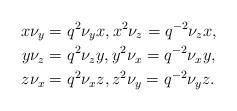
LaTeX: \begin{align*}x \nu_y &= q^2 \nu_y x, x^2\nu_z = q^{-2}\nu_z x, \\y \nu_z &= q^2 \nu_z y, y^2\nu_x = q^{-2}\nu_x y, \\z \nu_x &= q^2 \nu_x z, z^2\nu_y = q^{-2}\nu_y z.\end{align*}